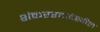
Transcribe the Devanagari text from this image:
शंकररावदेखील